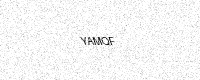
Text: YAMQF